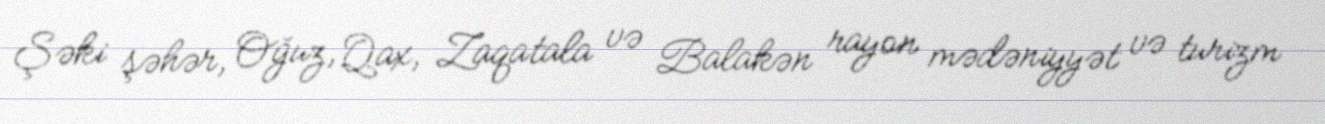
Şəki şəhər, Oğuz, Qax, Zaqatala və Balakən rayon mədəniyyət və turizm